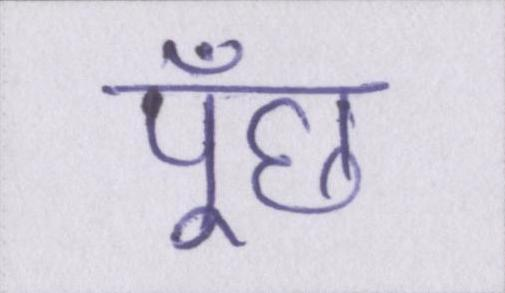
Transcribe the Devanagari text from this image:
पूँछ